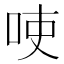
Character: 𱒚